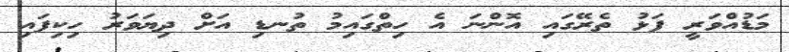
މަޑުއްވަރީ ފަޅު ތެރޭގައި އޮންނަ އެ ހިތްގައިމު ތުނޑި އަށް ދިޔަވަރު ހިކިފައި